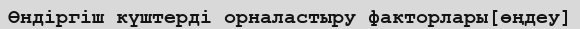
Өндіргіш күштерді орналастыру факторлары[өңдеу]